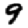
Digit: 9